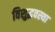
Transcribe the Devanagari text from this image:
विशुद्धवस्था